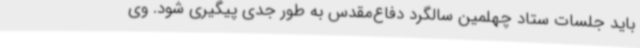
باید جلسات ستاد چهلمین سالگرد دفاع‌مقدس به طور جدی پیگیری شود. وی